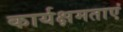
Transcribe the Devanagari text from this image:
कार्यक्षमताएं